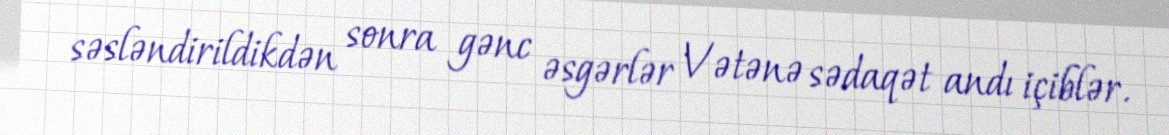
səsləndirildikdən sonra gənc əsgərlər Vətənə sədaqət andı içiblər.